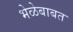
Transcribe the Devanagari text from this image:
भेळेबाबत